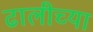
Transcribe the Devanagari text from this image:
ढालीच्या